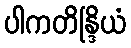
ပါကတိန္ဒြိယံ